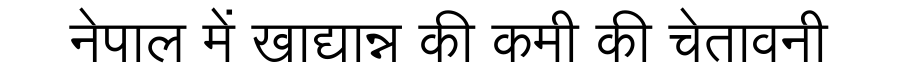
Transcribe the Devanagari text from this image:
नेपाल में खाद्यान्न की कमी की चेतावनी